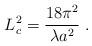
LaTeX: \begin{align*}L_c^2=\frac{18\pi^2}{\lambda a^2}\;.\end{align*}